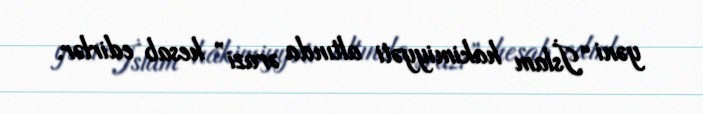
yəni “İslam hakimiyyəti altında ərazi” hesab edirlər.